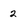
Character: 2